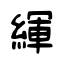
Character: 緷